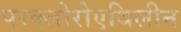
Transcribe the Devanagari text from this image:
परक्लोरोएथिलीन